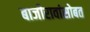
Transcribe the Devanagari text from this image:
बाजीरावांसोबत